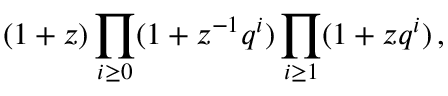
( 1 + z ) \prod _ { i \geq 0 } ( 1 + z ^ { - 1 } q ^ { i } ) \prod _ { i \geq 1 } ( 1 + z q ^ { i } ) \, ,